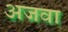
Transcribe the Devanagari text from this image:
अजवा